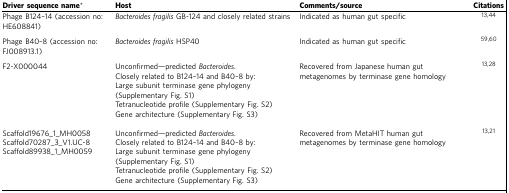
<table><thead><tr><td><b>Driver sequence name*</b></td><td><b>Host</b></td><td><b>Comments/source</b></td><td><b>Citations</b></td></tr></thead><tbody><tr><td>Phage B124–14 (accession no: HE608841)</td><td><i>Bacteroides fragilis</i> GB-124 and closely related strains</td><td>Indicated as human gut specific</td><td>1344</td></tr><tr><td>Phage B40–8 (accession no: FJ008913.1)</td><td><i>Bacteroides fragilis</i> HSP40</td><td>Indicated as human gut specific</td><td>5960</td></tr><tr><td>F2-X000044</td><td>Unconfirmed—predicted <i>Bacteroides</i>.Closely related to B124–14 and B40–8 by:Large subunit terminase gene phylogeny (Supplementary Fig. S1)Tetranucleotide profile (Supplementary Fig. S2)Gene architecture (Supplementary Fig. S3)</td><td>Recovered from Japanese human gut metagenomes by terminase gene homology</td><td>1328</td></tr><tr><td>Scaffold19676_1_MH0058Scaffold70287_3_V1.UC-8Scaffold89938_1_MH0059</td><td>Unconfirmed—predicted <i>Bacteroides</i>.Closely related to B124–14 and B40–8 by:Large subunit terminase gene phylogeny (Supplementary Fig. S1)Tetranucleotide profile (Supplementary Fig. S2)Gene architecture (Supplementary Fig. S3)</td><td>Recovered from MetaHIT human gut metagenomes by terminase gene homology</td><td>1321</td></tr></tbody></table>